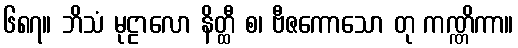
၆၈၇။ ဘိသံ မုဠာလော နိတ္ထီ စ၊ ဗီဇကောသော တု ကဏ္ဏိကာ။